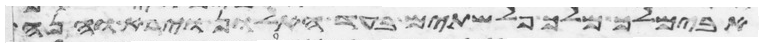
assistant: אבימלך מלך פלשתים בעד החלון וירא והנה